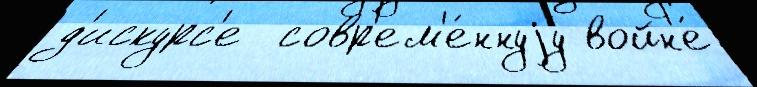
д'искурс'е  совр'ем'е́ннуjу войн'е́